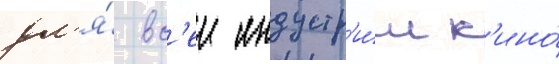
дл'я́ вс'еи индустр'и́и к'ино́